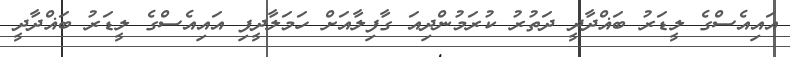
އައިއެސްގެ ލީޑަރު ބަޣްދާދީ ދަތުރު ކުރަމުންދިއަ ގާފިލާއަށް ހަމަލާދީފި އައިއެސްގެ ލީޑަރު ބަޣްދާދީ